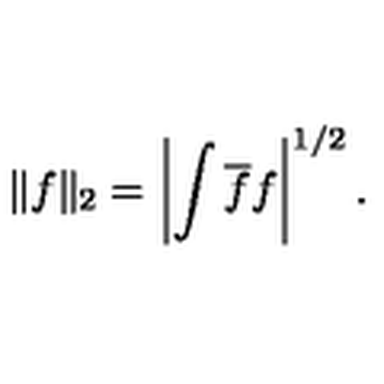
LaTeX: \| f \| _ { 2 } = \left| \int \overline { f } f \right| ^ { 1 / 2 } .